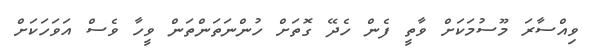
ވިއްސާރަ މޫސުމަކަށް ވާތީ ފެން ހެދޭ ގޮތަށް ހުންނަތަންތަން ވީހާ ވެސް އަވަހަކަށް